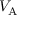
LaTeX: V _ { \mathrm { A } }